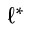
\ell ^ { * }